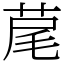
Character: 荱